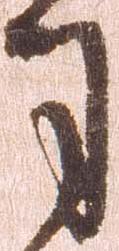
司